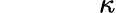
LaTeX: ~~~~~~~~~~~~~~\kappa